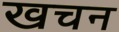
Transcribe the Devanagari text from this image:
खचन